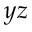
y z